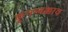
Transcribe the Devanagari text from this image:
कूनम्बक्काव